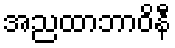
အညထာဘာဝိနီ